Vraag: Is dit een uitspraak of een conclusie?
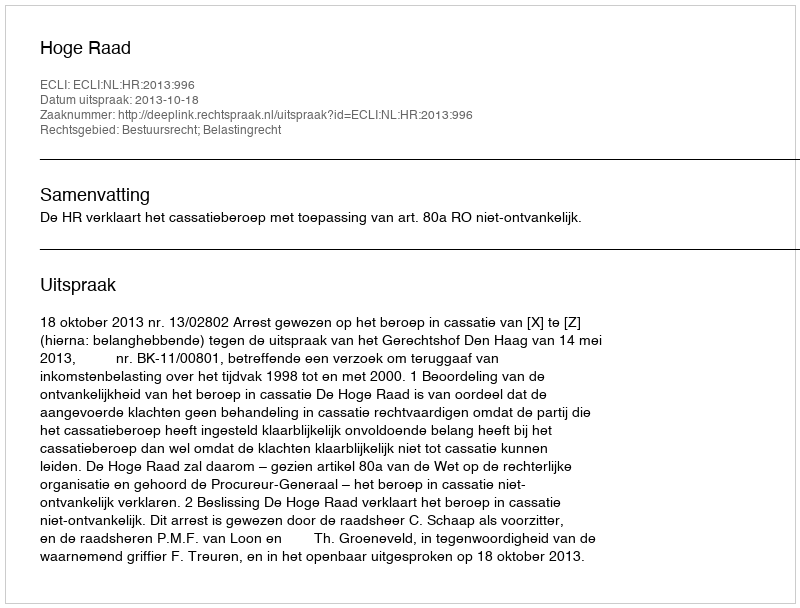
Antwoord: Uitspraak